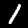
Label: 1